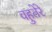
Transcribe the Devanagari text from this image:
वहुतेरे